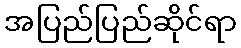
အပြည်ပြည်ဆိုင်ရာ